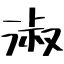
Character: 淑